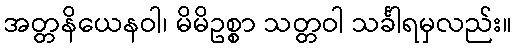
အတ္တနိယေနဝါ၊ မိမိဥစ္စာ သတ္တဝါ သင်္ခါရမှလည်း။